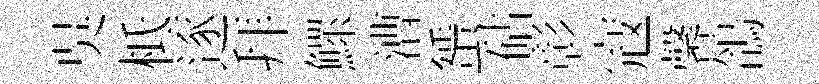
吳柢逐拜鰥漕蜑砧彰寇馨鴿